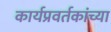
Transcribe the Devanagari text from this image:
कार्यप्रवर्तकांच्या